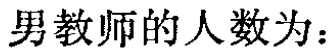
男教师的人数为：